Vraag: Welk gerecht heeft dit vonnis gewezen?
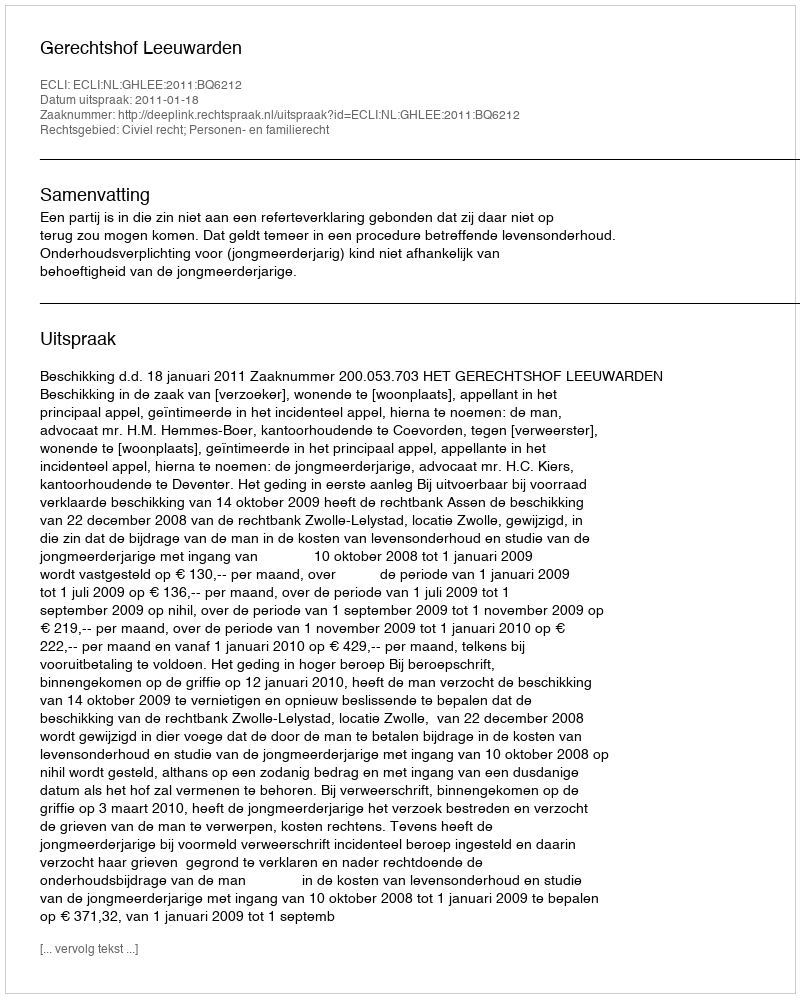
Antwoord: Gerechtshof Leeuwarden